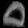
Digit: ၀